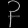
Digit: ၃